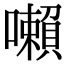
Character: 𡃤